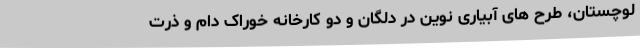
لوچستان، طرح های آبیاری نوین در دلگان و دو کارخانه خوراک دام و ذرت